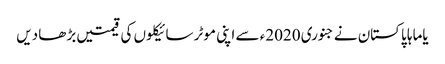
یاماہا پاکستان نے جنوری 2020ء سے اپنی موٹر سائیکلوں کی قیمتیں بڑھا دیں